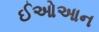
ઈઓઆન